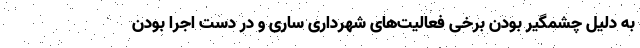
به دلیل چشمگیر بودن برخی فعالیت‌های شهرداری ساری و در دست اجرا بودن